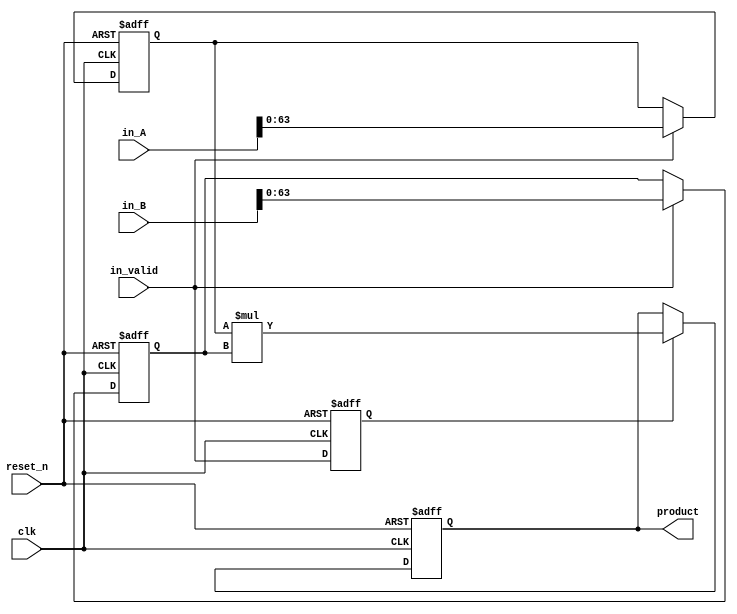
// This program was cloned from: https://github.com/altASIC/Open-CryptoNight-ASIC
// License: Apache License 2.0

module multiplier (
	clk,
	reset_n,
	in_A,
	in_B,
	in_valid,
	product
	);

// 2 means multiply between registers
// 3 means two clock multicycle path for multiply
// 4 means three clock multicycle path for multiply
parameter MULTIPLIER_DELAY = 2;

initial begin
	$display("MULTIPLIER_DELAY == %0d", MULTIPLIER_DELAY);
	if (MULTIPLIER_DELAY < 1 || MULTIPLIER_DELAY > 3) begin
		$display("*** MULTIPLIER_DELAY misconfigured! ****");
		$stop;
	end
end

input clk;
input reset_n;
input [127:0] in_A, in_B;
input in_valid;
output [127:0] product;

reg [127:0] product_reg;

reg [MULTIPLIER_DELAY-2:0] VALID;
reg [63:0] A, B;

wire [127:0] AB = A * B;
wire [127:0] AB0 = in_A[63:0] * in_B[63:0];
assign product = MULTIPLIER_DELAY == 0 ? AB0 :  MULTIPLIER_DELAY == 1 ? AB : product_reg;

function [127:0] mac;
input [63:0] a;
input [31:0] b;
input [127:0] c;
begin
	mac = c >> 32;
	mac[127:32] = mac[127:32] + a * b ;
end
endfunction

always @(posedge clk or negedge reset_n) begin
	if (!reset_n) begin
		product_reg <= 0;
		A <= 0;
		B <= 0;
		VALID <= 0;
	end else begin
		if (MULTIPLIER_DELAY==1);
		else if (VALID[MULTIPLIER_DELAY-2]) // Multicycle
			product_reg <= AB;
		if (in_valid) begin
			A <= in_A;
			B <= in_B;
		end
		VALID <= {VALID, in_valid};
	end
end

endmodule // multiplier